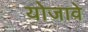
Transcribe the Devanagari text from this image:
योजावे